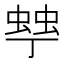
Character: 𧌾